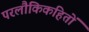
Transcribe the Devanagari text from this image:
परलौकिकहितों